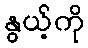
နွယ့်ကို